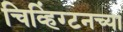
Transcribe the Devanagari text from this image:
चिव्हिंग्टनच्या